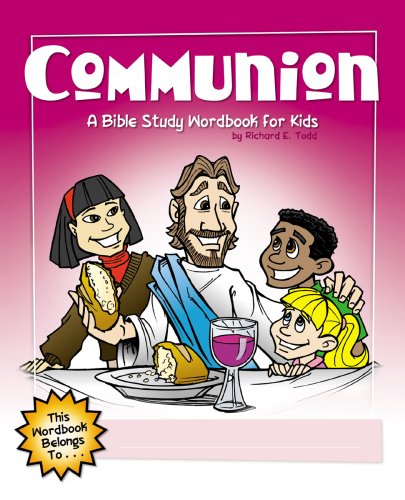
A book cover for Communion: A Bible Study Wordbook for Kids (Children's Wordbooks); Richard E. Todd; Christian Books & Bibles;